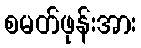
စမတ်ဖုန်းအား